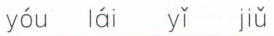
yóu lái yǐ jiǔ